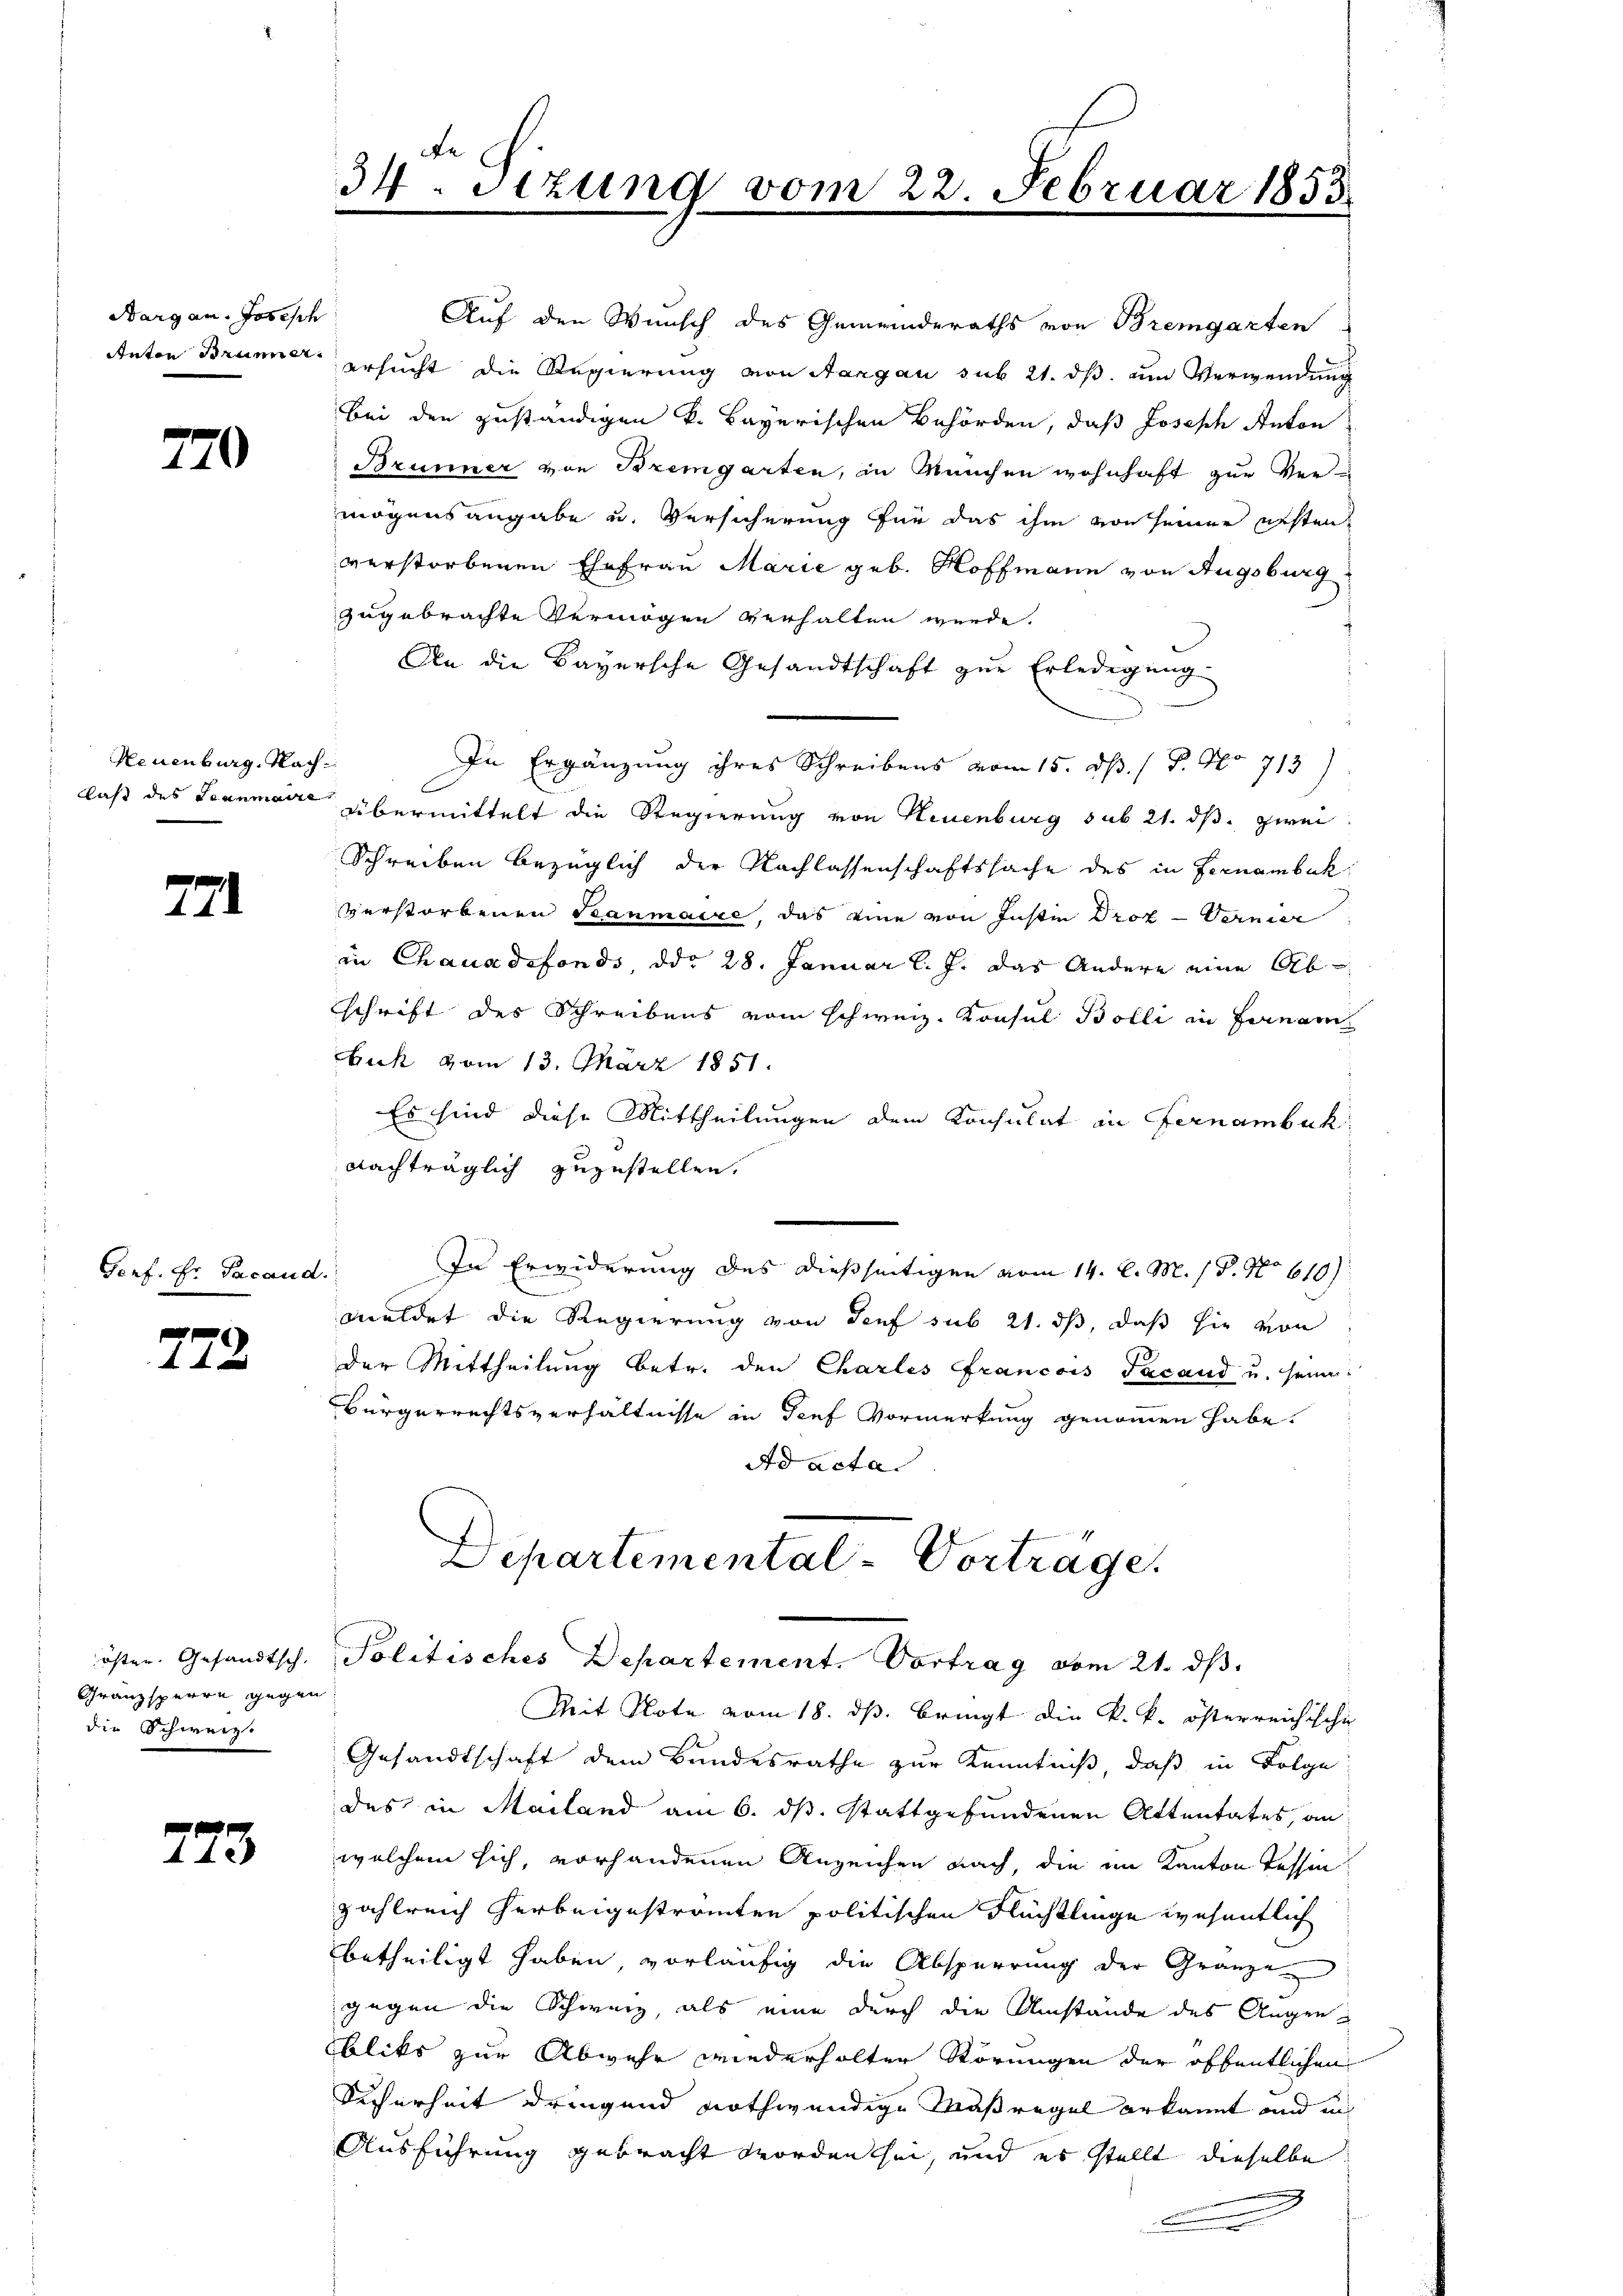
Aargau. Josisch

270

Neuenburg, Nach¬

771

Gorf. Er Facand.

772

Gränzsperre gegen
die Schweiz.

773

Auf den Wunsch des Gemeinderaths von Bremgarten
Anton Brunner ersucht die Regierung von Aargau sub 21. ds. um Verwendung
Bei den zuständigen k. Bayerischen Behörden, daß Joseph Anton
Brunner von Bremgarten, in Meuchen wohnhaft zur Vermögensangabe u. Versicherung für das ihm von seiner ersten
verstorbenen Ehefrau Marie geb. Hoffmann von Augsburg
zugebrachte Vermögen verhalten werde.
An die Bayersche Gesandtschaft zŭr Erledigung
In Ergänzung ihres Schreibens vom 15. d. 1 P. No 713)
laß des Leanmaire übermittelt die Regierung von Neuenburg sub 21. ds. zwei
Schreiben bezüglich der Nachlassenschaftssache des in Fernembuk
verstorbenen Stanmaire, das eine von Instin Prof — Vernier
in Chauxdefonds, ddo 28. Januar l. J. das Andere eine Ab
schrift des Schreibens vom schweiz. Konsul Bolli in Fernam
uck vom 13. März 1851.
Es sind diese Mittheilungen dem Konsulat in Fernambuk
nachträglich zuzustellen.
In Erwiderung des dießseitigen vom 14. d. M. / P. No 610)
meldet die Regierung von Senf sub 21. ds, daß hie von
der Mittheilŭng betr. den Charles Francois Sacand u. seine
Bürgerrechtsverhältnisse in Teuf Vormerkung genommen habe.
Ad acta
Departemental-Vorträge.

34. Sizung vom 22. Februar 1855

Mit Note vom 18. ds. bringt die k. k. österreichische
Gesandtschaft dem Bandesrathe zur Kenntniß, daß in Folge
des in Mailand am 6. ds. stattgefundenen Attentates, an
welchem sich, vorhandenen Anzeichen nach, die im Kanton Tessin
zahlreich herbeigeströmten politischen Flüchtlinge wesentlich
betheiligt haben vorläufig die Absperrung der Gränze
gegen die Schweiz, als eine durch die Umstände des Augenbliks zur Abwehr wiederholter Störungen der öffentlichen
Sicherheit dringend nothwendige Maßregel erkannt und in
Ausführung gebracht worden sei, und es stellt dieselbe
u

östen Gesandtsch. Politisches Departement. Vortrag vom 21. ds.